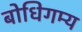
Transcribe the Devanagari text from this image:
बोधिगम्य